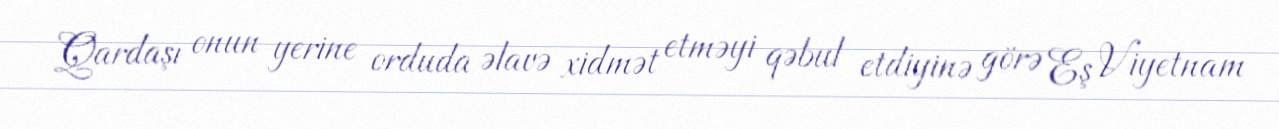
Qardaşı onun yerine orduda əlavə xidmət etməyi qəbul etdiyinə görə Eş Viyetnam